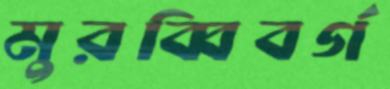
মুরব্বিবর্গ